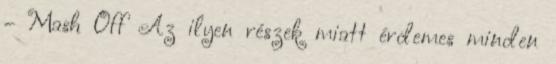
– Mash Off Az ilyen részek miatt érdemes minden